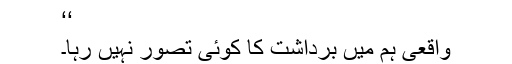
‘‘
واقعی ہم میں برداشت کا کوئی تصور نہیں رہا۔